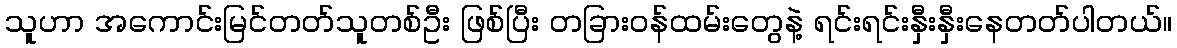
သူဟာ အကောင်းမြင်တတ်သူတစ်ဦး ဖြစ်ပြီး တခြားဝန်ထမ်းတွေနဲ့ ရင်းရင်းနှီးနှီးနေတတ်ပါတယ်။